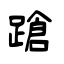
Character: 蹌